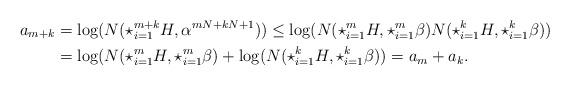
LaTeX: \begin{align*}a_{m+k} &= \log(N(\star_{i=1}^{m+k}H,\alpha^{mN+kN+1}) ) \le \log( N(\star_{i=1}^{m}H,\star_{i=1}^{m} \beta) N(\star_{i=1}^{k}H, \star_{i=1}^{k} \beta) )\\&=\log( N(\star_{i=1}^{m}H,\star_{i=1}^{m} \beta)+ \log (N( \star_{i=1}^{k}H,\star_{i=1}^{k} \beta) )=a_{m}+a_{k} .\end{align*}